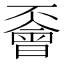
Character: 𠁞